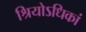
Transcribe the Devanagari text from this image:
श्रियोऽधिकां